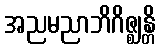
အညမညာဘိဂိဇ္ဈန္တိ